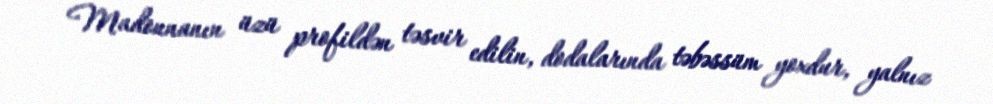
Madonnanın üzü profildən təsvir edilin, dodalarında təbəssüm yoxdur, yalnız